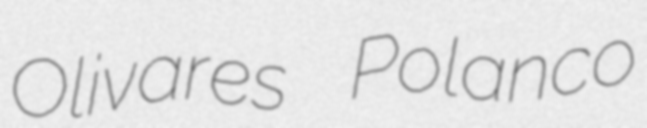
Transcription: Olivares Polanco